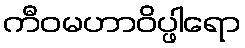
ကီဝမဟာဝိပ္ဖါရော